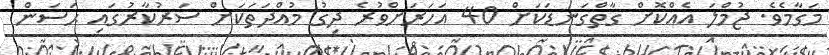
މަގާމެވެ. ޖުމްލަ އެއްކޮށް ގާތްގަނޑަކަށް 40 އަހަރަށްވުރެ ދިގު މުއްދަތަކަށް ސަރުކާރުގައި ޙަސަން